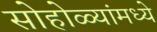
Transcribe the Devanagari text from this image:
सोहोळ्यांमध्ये